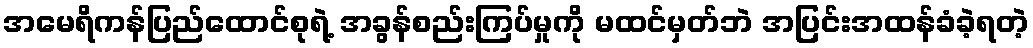
အမေရိကန်ပြည်ထောင်စုရဲ့ အခွန်စည်းကြပ်မှုကို မထင်မှတ်ဘဲ အပြင်းအထန်ခံခဲ့ရတဲ့